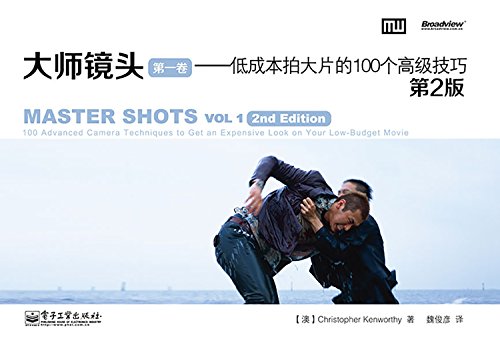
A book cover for Master Shots Vol 1, 2nd edition: 100 Advanced Camera Techniques to Get An Expensive Look on your Low Budget Movie; Christopher Kenworthy; Arts & Photography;